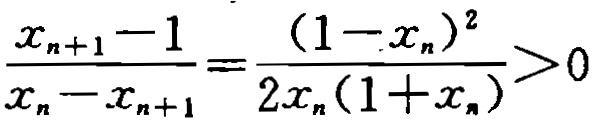
\(\frac{x_{n + 1} - 1}{x_{n} - x_{n + 1}} = \frac{(1 - x_{n})^{2}}{2x_{n}(1 + x_{n})}>0\)